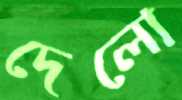
দেলো